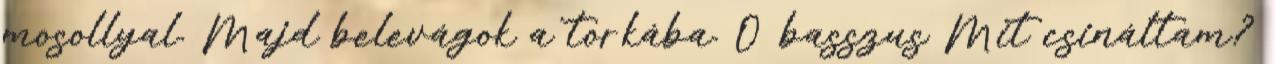
mosollyal. Majd belevágok a torkába. Ó basszus Mit csináltam?